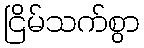
ငြိမ်သက်စွာ